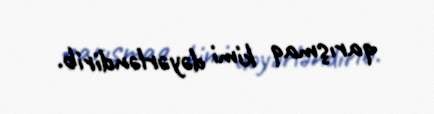
qarışmaq kimi dəyərləndirib.